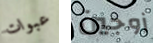
عبوات زوجين